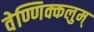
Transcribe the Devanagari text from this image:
वेण्णिक्कलुम्